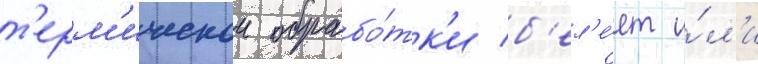
т'ерм'ическои обрабо́тк'и б'ел'е́ет и́л'и